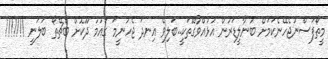
މީތޯފަސްނުޖެހޭނެކަމަށް ބުނާލީޑަރުން އުޅުއްވާގޮތަކީ..ބަލިވެ އިނދަ ޖެހުނީމަަ ގައުމު ދޫކޮށް ބެޗޭތޯ ބަލަނީ !!!!!!!